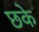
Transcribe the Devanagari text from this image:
छके